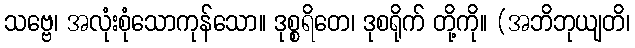
သဗ္ဗေ၊ အလုံးစုံသောကုန်သော။ ဒုစ္စရိတေ၊ ဒုစရိုက် တို့ကို။ (အဘိဘုယျတိ၊